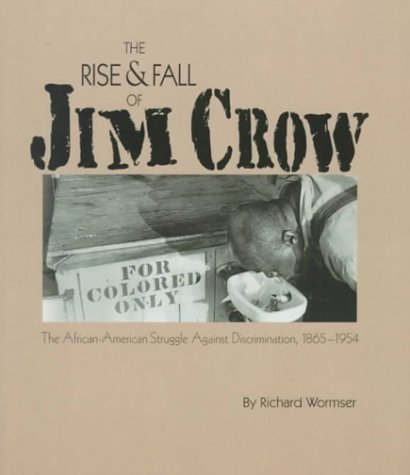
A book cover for The Rise & Fall of Jim Crow (Social Studies, History of the United States Series); Richard Wormser; Teen & Young Adult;